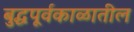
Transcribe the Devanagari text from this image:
बुद्धपूर्वकाळातील